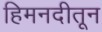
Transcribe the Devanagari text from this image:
हिमनदीतून